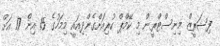
ފިޝަރީޒް މިނިސްޓްރީން މި ކޭމްޕް ކުރިއަށްގެންދިއައީ މިމަހުގެ 15 އިން 17 އަށް